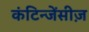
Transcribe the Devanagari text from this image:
कंटिन्जेंसीज़